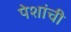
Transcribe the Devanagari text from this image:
पेशांची